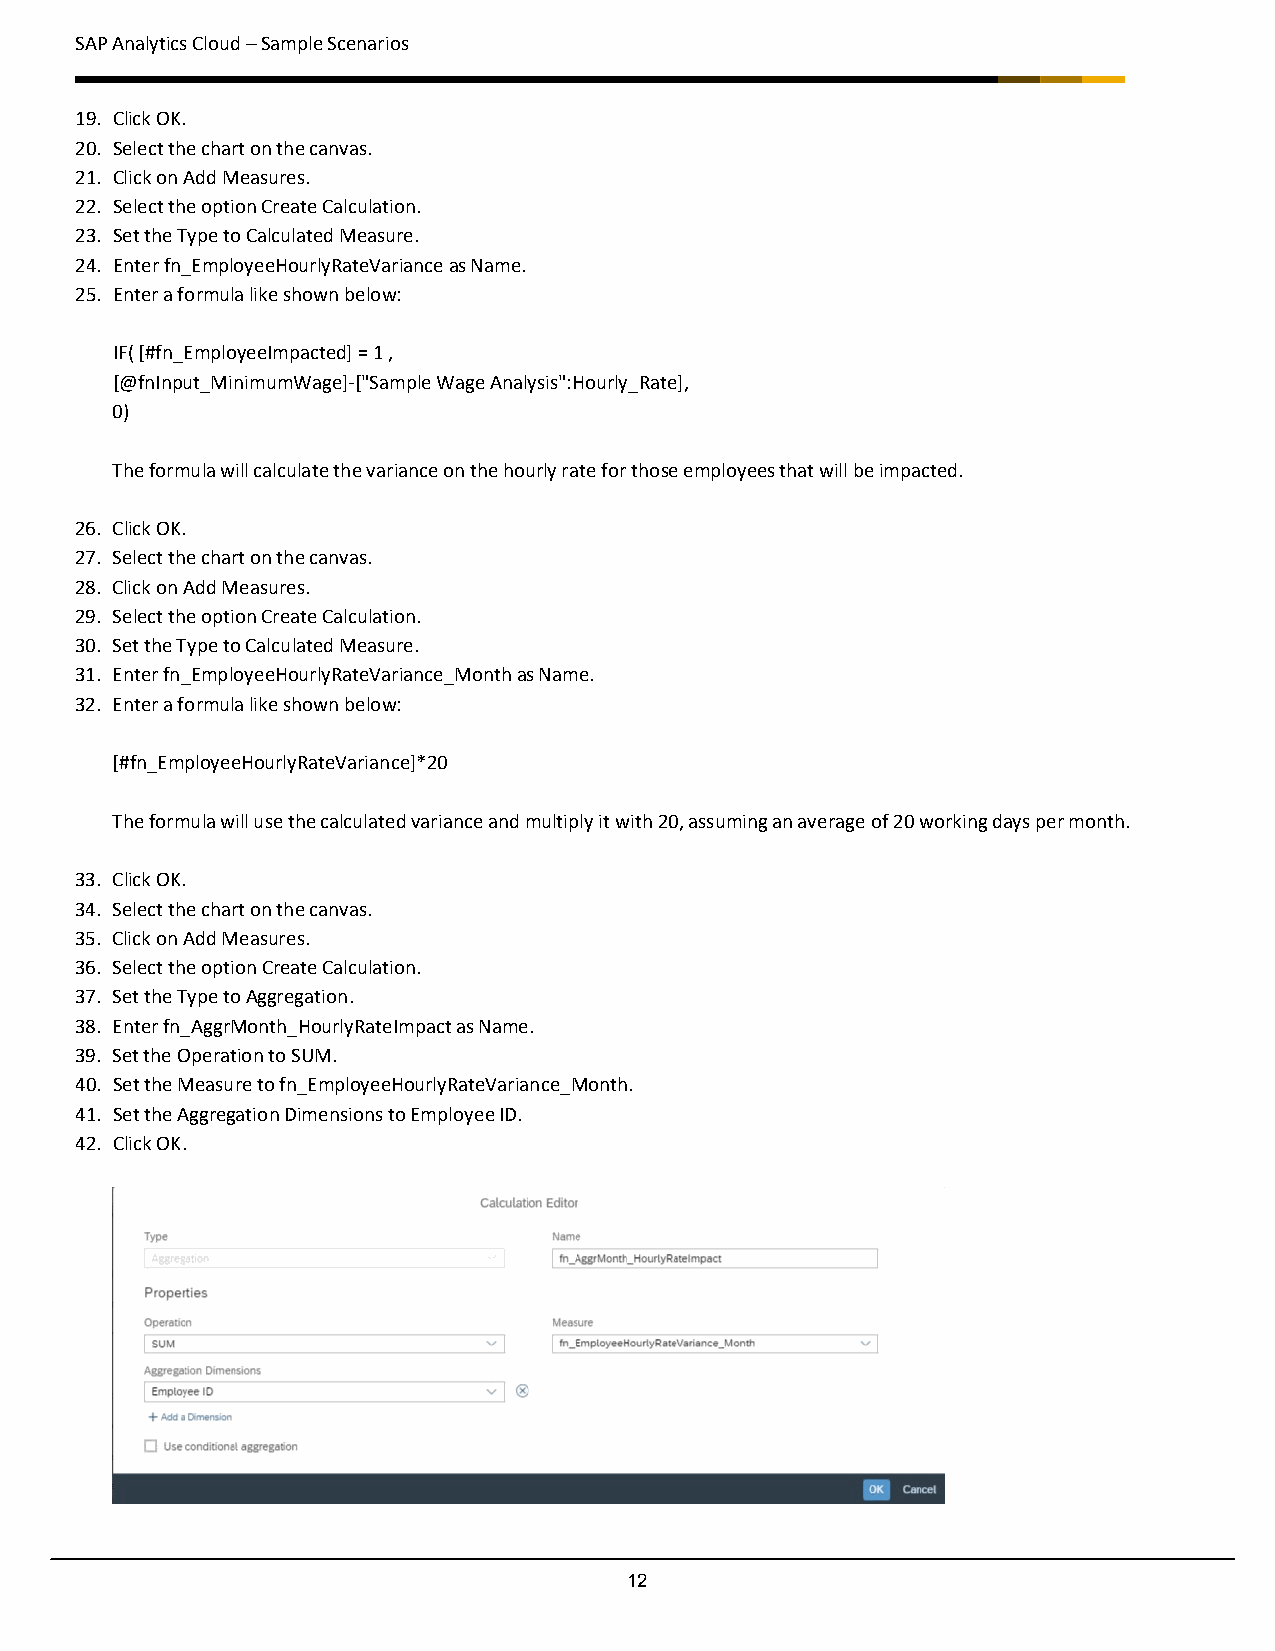
SAP Analytics Cloud – Sample Scenarios
 19. Click OK.
 20. Select the chart on the canvas.
 21. Click on Add Measures.
 22. Select the option Create Calculation.
 23. Set the Type to Calculated Measure.
 24. Enter fn_EmployeeHourlyRateVariance as Name.
 25. Enter a formula like shown below:
 IF( [#fn_EmployeeImpacted] = 1 ,
 [@fnInput_MinimumWage]-["Sample Wage Analysis":Hourly_Rate],
 0)
 The formula will calculate the variance on the hourly rate for those employees that will be impacted.
 26. Click OK.
 27. Select the chart on the canvas.
 28. Click on Add Measures.
 29. Select the option Create Calculation.
 30. Set the Type to Calculated Measure.
 31. Enter fn_EmployeeHourlyRateVariance_Month as Name.
 32. Enter a formula like shown below:
 [#fn_EmployeeHourlyRateVariance]*20
 The formula will use the calculated variance and multiply it with 20, assuming an average of 20 working days per month.
 33. Click OK.
 34. Select the chart on the canvas.
 35. Click on Add Measures.
 36. Select the option Create Calculation.
 37. Set the Type to Aggregation.
 38. Enter fn_AggrMonth_HourlyRateImpact as Name.
 39. Set the Operation to SUM.
 40. Set the Measure to fn_EmployeeHourlyRateVariance_Month.
 41. Set the Aggregation Dimensions to Employee ID.
 42. Click OK.
 12